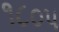
૧૮૦૫